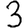
Digit: 3